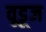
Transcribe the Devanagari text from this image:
वूडूज